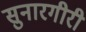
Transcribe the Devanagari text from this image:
सुनारगीरी